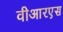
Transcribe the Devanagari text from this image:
वीआरएस